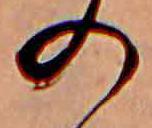
の